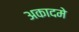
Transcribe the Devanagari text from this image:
अकादमे